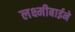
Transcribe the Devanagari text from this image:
लक्ष्मीबाईने